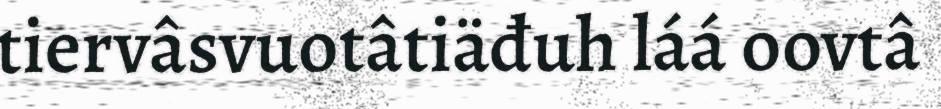
tiervâsvuotâtiäđuh láá oovtâ